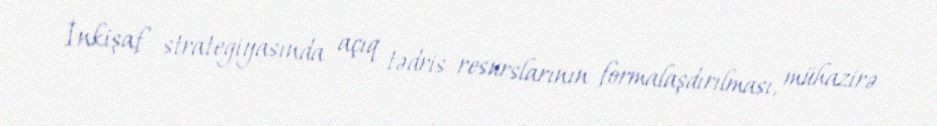
İnkişaf strategiyasında açıq tədris resurslarının formalaşdırılması, mühazirə